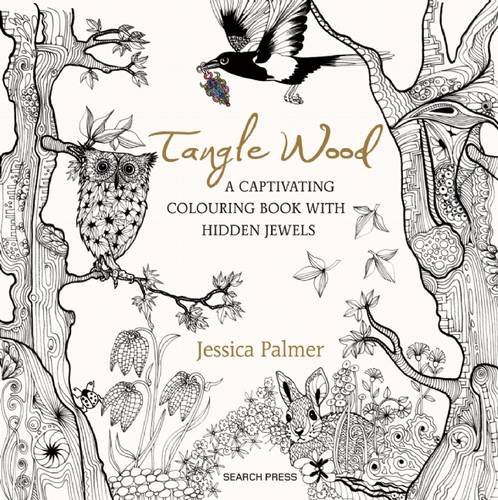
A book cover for Tangle Wood: A Captivating Colouring Book with Hidden Jewels; Jessica Palmer; Humor & Entertainment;